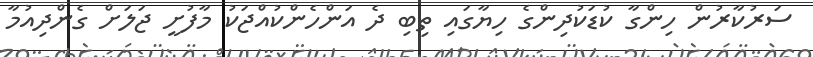
ސަރުކާރުން ހިންގާ ކުޑަކުދިންގެ ހިޔާގައި ތިބި ދެ އަންހެންކުއްޖަކު މާފުށީ ޖަލަށް ގެންދިއުމާ